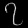
Digit: ၇